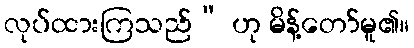
လုပ်ထားကြသည်” ဟု မိန့်တော်မူ၏။